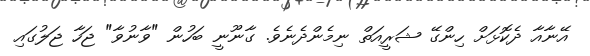
އޭނާއާ ދެކޮޅަށް ހިންގޭ ޝަރީއަތް ނިމެންދެނެވެ. ގާނޫނީ ބަހުން "ވާނުވާ" ޖަހާ ޖަލުގައި